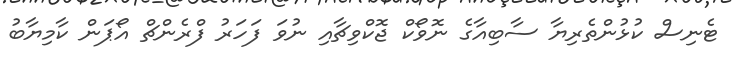
ޓެނިސް ކުޅުންތެރިޔާ ސާބިއާގެ ނޮވޯކް ޖޮކްވިޗާއި ނުވަ ފަހަރު ފްރެންޗް އޯޕަން ކާމިޔާބު